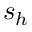
s _ { h }